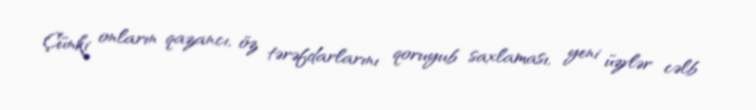
Çünki onların qazancı, öz tərəfdarlarını qoruyub saxlaması, yeni üzvlər cəlb